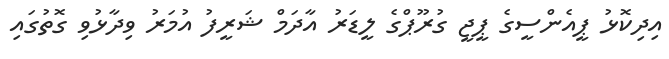
އިދިކޮޅު ޕީއެންސީގެ ޕީޖީ ގުރޫޕްގެ ލީޑަރު އާދަމް ޝަރީފު އުމަރު ވިދާޅުވި ގޮތުގައި